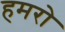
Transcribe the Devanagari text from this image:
हमरो